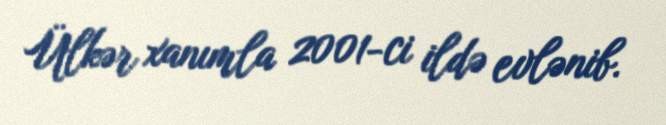
Ülkər xanımla 2001-ci ildə evlənib.